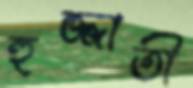
হুজ্জাতী